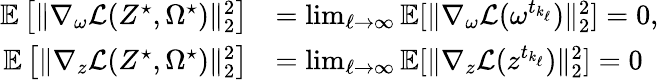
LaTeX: \begin{array}{rl}{\mathbb{E}\left[\| \nabla_{\omega}\mathcal{L}(Z^{\star},\Omega^{\star})\| _{2}^{2}\right]}&{=\operatorname*{lim}_{\ell\rightarrow\infty}\mathbb{E}[\| \nabla_{\omega}\mathcal{L}(\omega^{t_{k_{\ell}}})\| _{2}^{2}]=0,}\\ {\mathbb{E}\left[\| \nabla_{z}\mathcal{L}(Z^{\star},\Omega^{\star})\| _{2}^{2}\right]}&{=\operatorname*{lim}_{\ell\rightarrow\infty}\mathbb{E}[\| \nabla_{z}\mathcal{L}(z^{t_{k_{\ell}}})\| _{2}^{2}]=0}\end{array}